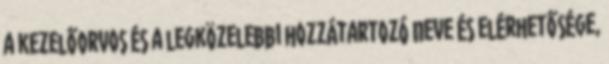
a kezelőorvos és a legközelebbi hozzátartozó neve és elérhetősége,